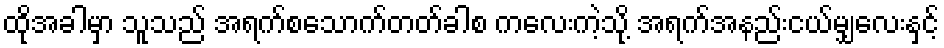
ထိုအခါမှာ သူသည် အရက်စသောက်တတ်ခါစ ကလေးကဲ့သို့ အရက်အနည်းငယ်မျှလေးနှင့်